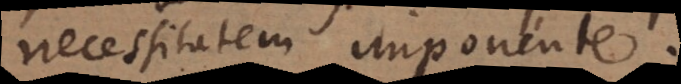
necessitatem imponente.